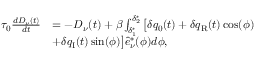
\begin{array} { r l } { \tau _ { 0 } \frac { d D _ { \nu } ( t ) } { d t } } & { = - D _ { \nu } ( t ) + \beta \int _ { \delta _ { 1 } ^ { \star } } ^ { \delta _ { 2 } ^ { \star } } \big [ \delta q _ { 0 } ( t ) + \delta q _ { \mathrm { { R } } } ( t ) \cos ( \phi ) } \\ & { + \delta q _ { \mathrm { { I } } } ( t ) \sin ( \phi ) \big ] \hat { e } _ { \nu } ^ { * } ( \phi ) d \phi , } \end{array}